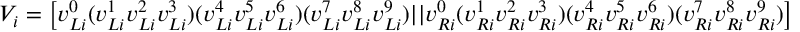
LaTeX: V _ { i } = \left[ v _ { L i } ^ { 0 } ( v _ { L i } ^ { 1 } v _ { L i } ^ { 2 } v _ { L i } ^ { 3 } ) ( v _ { L i } ^ { 4 } v _ { L i } ^ { 5 } v _ { L i } ^ { 6 } ) ( v _ { L i } ^ { 7 } v _ { L i } ^ { 8 } v _ { L i } ^ { 9 } ) | | v _ { R i } ^ { 0 } ( v _ { R i } ^ { 1 } v _ { R i } ^ { 2 } v _ { R i } ^ { 3 } ) ( v _ { R i } ^ { 4 } v _ { R i } ^ { 5 } v _ { R i } ^ { 6 } ) ( v _ { R i } ^ { 7 } v _ { R i } ^ { 8 } v _ { R i } ^ { 9 } ) \right] ~ .